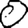
Digit: 0